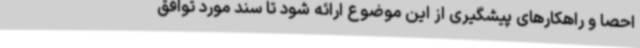
احصا و راهکارهای پیشگیری از این موضوع ارائه شود تا سند مورد توافق